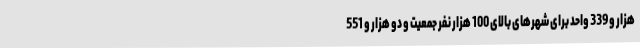
هزار و 339 واحد برای شهرهای بالای 100 هزار نفر جمعیت و دو هزار و 551